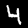
Digit: 4